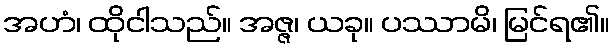
အဟံ၊ ထိုငါသည်။ အဇ္ဇ၊ ယခု။ ပဿာမိ၊ မြင်ရ၏။